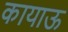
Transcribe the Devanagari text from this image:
कायाऊ